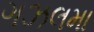
ગઝલમા